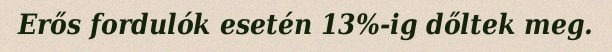
Erős fordulók esetén 13%-ig dőltek meg.